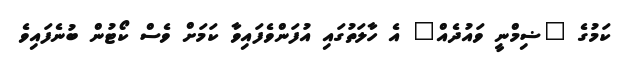
ކަމުގެ "ޟިމްނީ ވައުދެއް" އެ ހާލަތުގައި އުފަންވެފައިވާ ކަމަށް ވެސް ކޯޓުން ބުނެފައިވެ